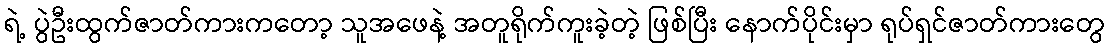
ရဲ့ ပွဲဦးထွက်ဇာတ်ကားကတော့ သူအဖေနဲ့ အတူရိုက်ကူးခဲ့တဲ့ ဖြစ်ပြီး နောက်ပိုင်းမှာ ရုပ်ရှင်ဇာတ်ကားတွေ